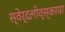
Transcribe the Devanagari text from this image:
स्वेर्दलोव्स्काया